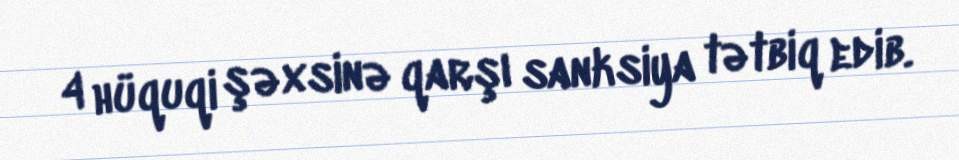
4 hüquqi şəxsinə qarşı sanksiya tətbiq edib.